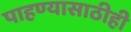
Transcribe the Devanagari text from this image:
पाहण्यासाठीही